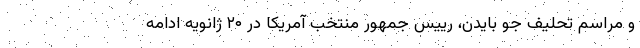
و مراسم تحلیف جو بایدن، رییس جمهور منتخب آمریکا در ۲۰ ژانویه ادامه